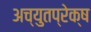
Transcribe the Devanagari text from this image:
अच्युतप्रेक्ष